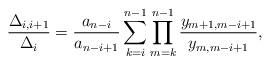
LaTeX: \begin{align*} \frac{\Delta_{i,i+1}}{\Delta_i}=\frac{a_{n-i}}{a_{n-i+1}}\sum_{k=i}^{n-1}\prod_{m=k}^{n-1}\frac{y_{m+1,m-i+1}}{y_{m,m-i+1}},\end{align*}